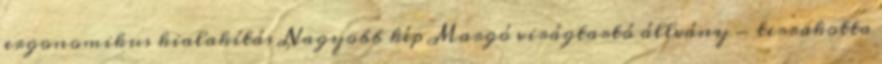
ergonomikus kialakítás Nagyobb kép Margó virágtartó állvány - terrakotta